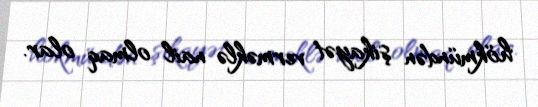
hökmündən şikayət verməklə nail olmaq olar.